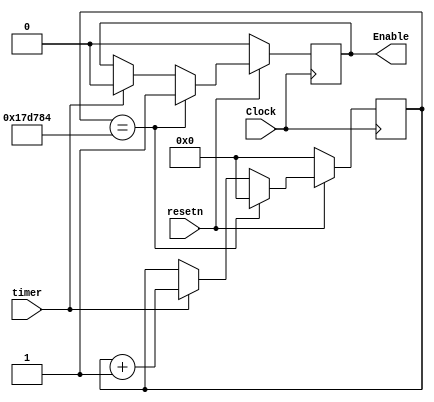
// Module to separate Clock Pulses to every 0.25s
module RateDivider(Clock, resetn, timer, Enable);
	input Clock;
	input resetn;
	input timer;
	output reg Enable;

	reg [23:0] Q;

	always @(posedge Clock) begin
		if (!resetn) begin
			Q <= 0;
			Enable <= 0;
		end

		else if (Q == 21'b101111101011110000100) begin
			Enable <= 1;
			Q <= 0;
		end

		else if (timer) begin
			Q <= Q + 1;
			Enable <= 0;
		end
	end
endmodule